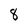
Character: 8